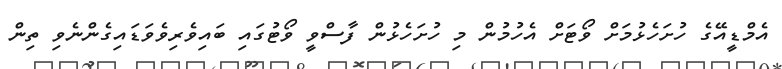
އެމްޑީއޭގެ ހުށަހެޅުމަށް ވޯޓަށް އެހުމުން މި ހުށަހެޅުން ފާސްވީ ވޯޓުގައި ބައިވެރިވެވަޑައިގެންނެވި ތިން